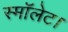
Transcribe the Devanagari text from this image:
स्मॉलेट।